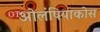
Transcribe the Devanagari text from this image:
ओलंपियाकोस